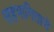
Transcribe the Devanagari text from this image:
सहभागितासे